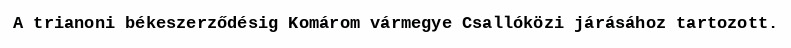
A trianoni békeszerződésig Komárom vármegye Csallóközi járásához tartozott.